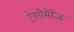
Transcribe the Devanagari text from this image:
टेलोमेरेज